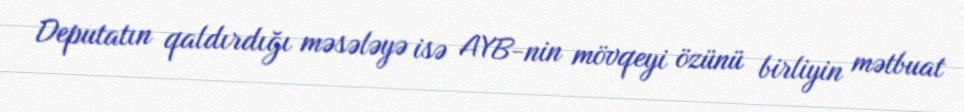
Deputatın qaldırdığı məsələyə isə AYB-nin mövqeyi özünü birliyin mətbuat